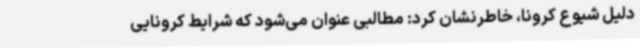
دلیل شیوع کرونا، خاطرنشان کرد: مطالبی عنوان می‌شود که شرایط کرونایی